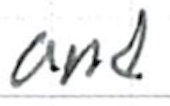
Text: and
Cross-out: clean
Writing tool: ballpoint